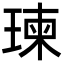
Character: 瑓